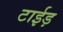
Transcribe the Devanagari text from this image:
टाईड़